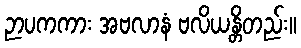
ဉာပကကား အဗလာနံ ဗလိယန္တိတည်း။